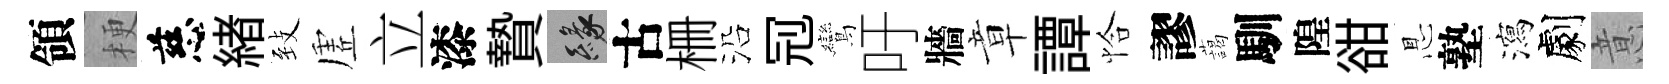
領梗慈緖𦤺虗立漆贄緣古栅沿𠜍鸞吁牆章譚恰謬藹馴隍𧮳㤙塾瀉劇意